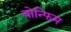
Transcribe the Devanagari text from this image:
बोन्फिम